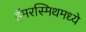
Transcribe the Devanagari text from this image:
हॅमरस्मिथमध्ये